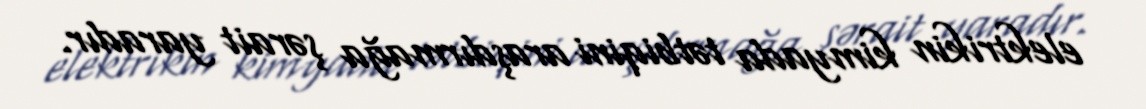
elektrikin kimyada tətbiqini araşdırmağa şərait yaradır.